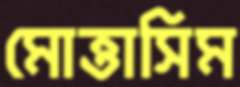
মোত্তাসিম